Source: Handwritten
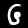
Digit: ၆ (6)